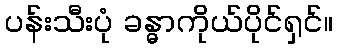
ပန်းသီးပုံ ခန္ဓာကိုယ်ပိုင်ရှင်။